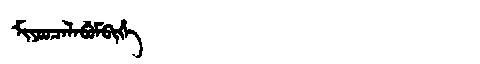
Manchu: ᠮᡳᠶᠣᠣᠴᠠᠯᠠᠪᡠᠮᠪᡳᡥᡝ
Romanization: MIYOOCALABUMBIHE